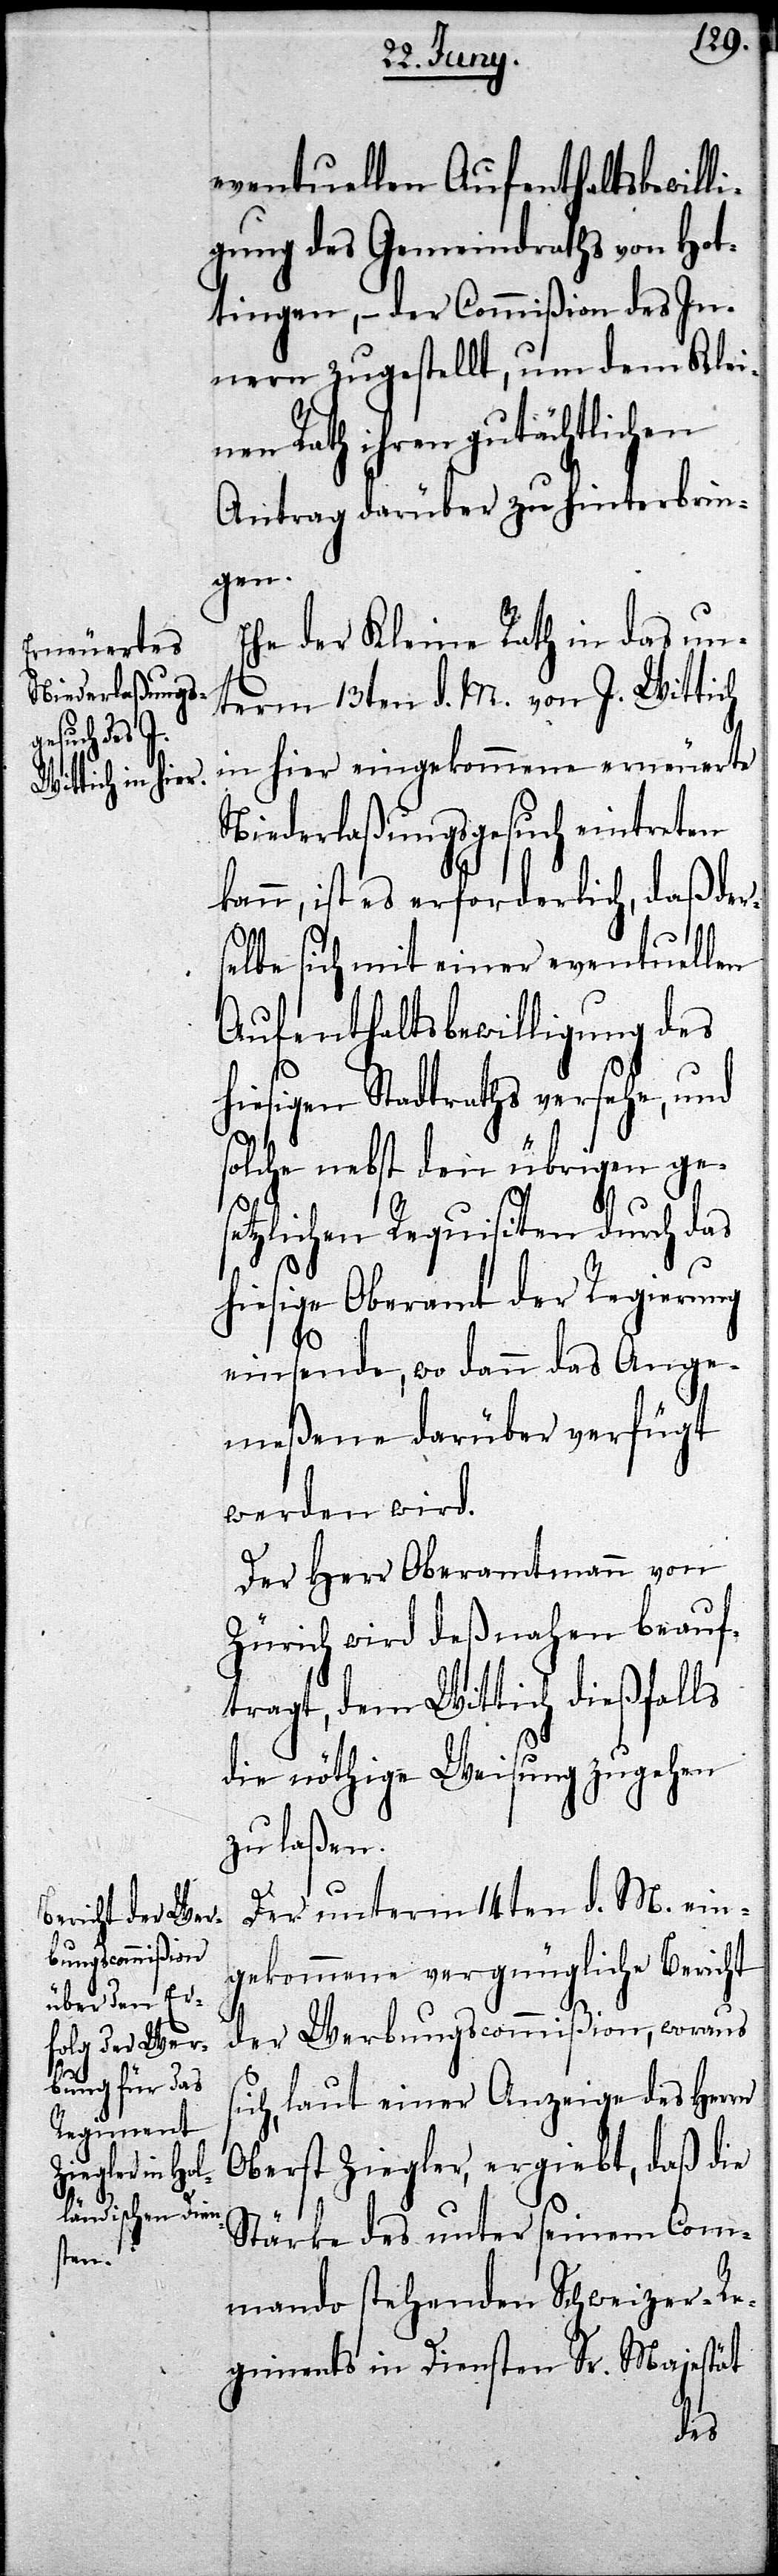
eventuellen Aufenthaltsbewilli¬
gung des Gemeindraths von Hot¬
tingen, – der Commißion des In¬
nern zugestellt, um dem Klei¬
nen Rath ihren gutächtlichen
Antrag darüber zu hinterbrin¬
gen.
Ehe der Kleine Rath in das un¬
term 13ten d. M. von J. Wittich
in hier eingekommene erneuerte
Niederlaßungsgesuch eintreten
kann, ist es erforderlich, daß der¬
elbe sich mit einer eventuellen
Aufenthaltsbewilligung des
hiesigen Stadtraths versehe, und
solche nebst den übrigen ge¬
si¬
setzlichen Requisiten durch das
hiesige Oberamt der Regierung
einsende, wo dann das Ange¬
meßene darüber verfügt
werden wird.
Der Herr Oberamtmann von
Zürich wird deßnahen beauf¬
tragt, dem Wittich dießfalls
die nöthige Weisung zugehen
zu laßen.
Der unterm 14ten d. M. ein¬
gekommene vergnügliche Bericht
der Werbungscommißion, woraus
ch, laut einer Anzeige des Herrn
Oberst Ziegler, ergiebt, daß die
Stärke des unter seinem Com¬
mando stehenden Schweizer-Re¬
giments in Diensten Sr. Majestät